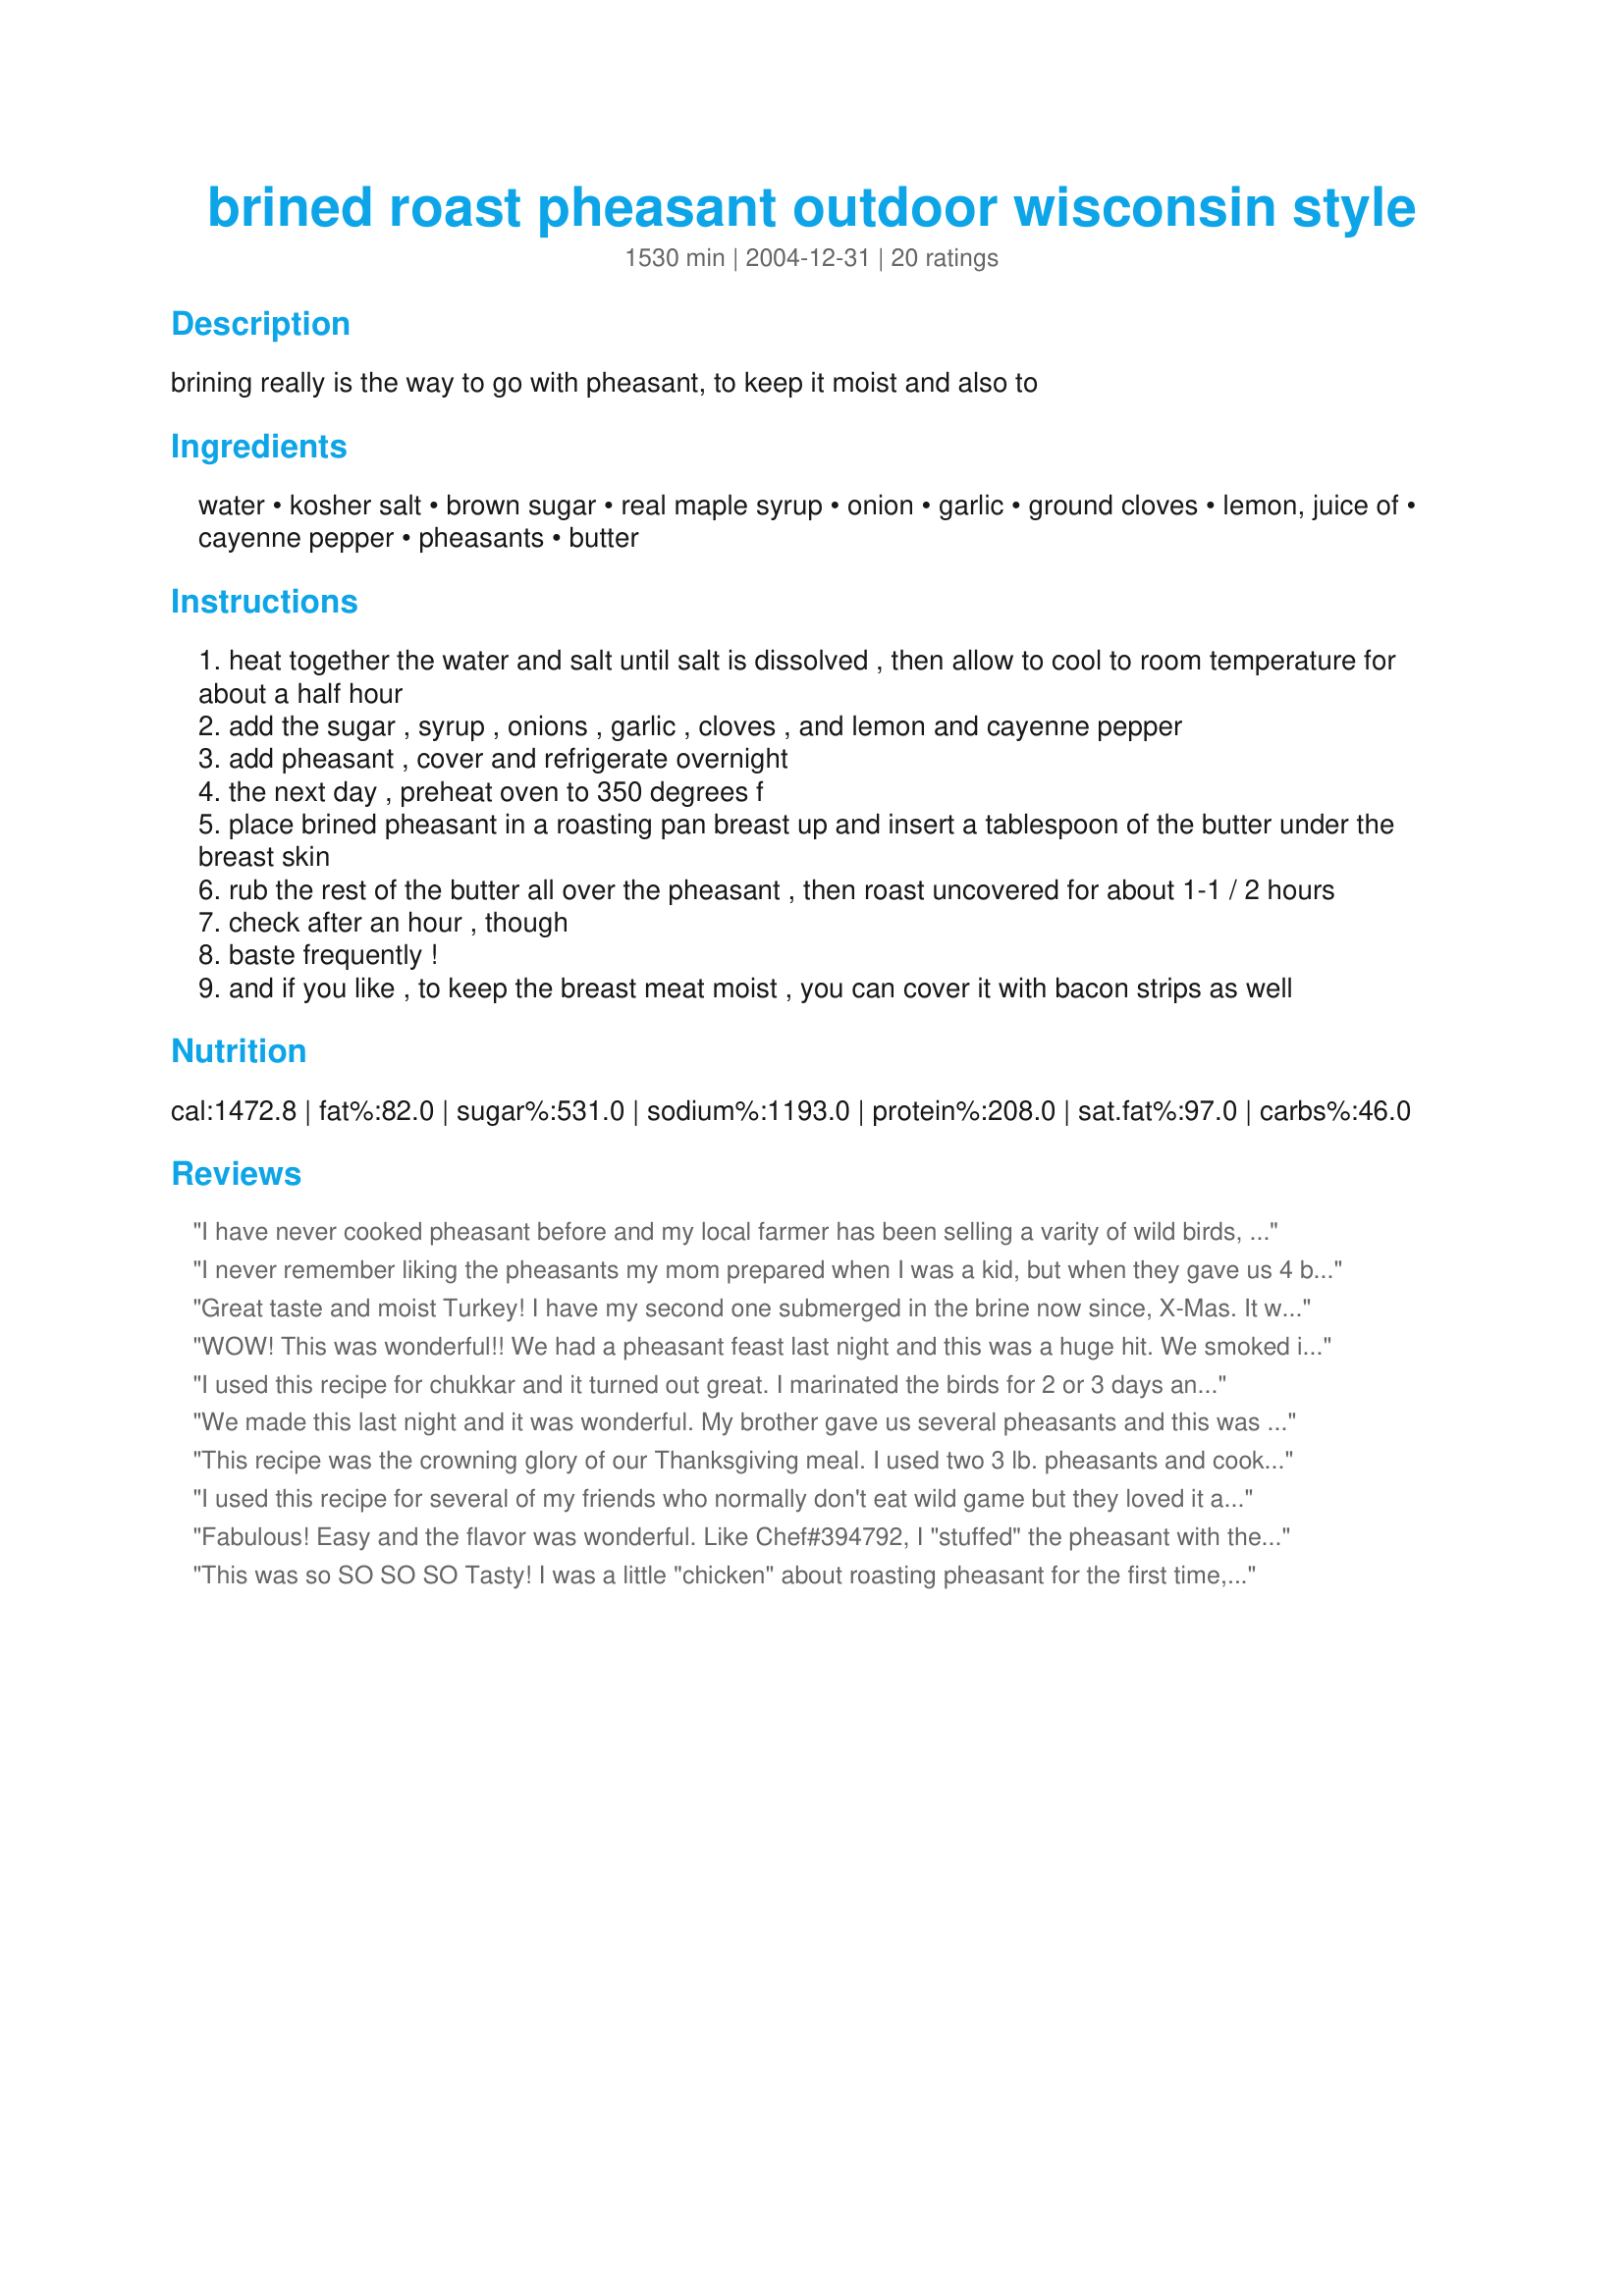
brined roast pheasant outdoor wisconsin style
Preparation time: 1530 minutes

brining really is the way to go with pheasant, to keep it moist and also to

Ingredients:
water, kosher salt, brown sugar, real maple syrup, onion, garlic, ground cloves, lemon, juice of, cayenne pepper, pheasants, butter

Steps:
heat together the water and salt until salt is dissolved , then allow to cool to room temperature for about a half hour
add the sugar , syrup , onions , garlic , cloves , and lemon and cayenne pepper
add pheasant , cover and refrigerate overnight
the next day , preheat oven to 350 degrees f
place brined pheasant in a roasting pan breast up and insert a tablespoon of the butter under the breast skin
rub the rest of the butter all over the pheasant , then roast uncovered for about 1-1 / 2 hours
check after an hour , though
baste frequently !
and if you like , to keep the breast meat moist , you can cover it with bacon strips as well

Reviews:
I have never cooked pheasant before and my local farmer has been selling a varity of wild birds, so I thouht I would buy a pheasant from him. I came on to find a recipe and saw this, the reviews sounded great so I decided to make it. It turned out wonderful so moist and tender. I did what a couple of other people had suggested and stuffed the solids from brine into bird. I agree, the aromas that fill the house are wonderful. My son who had already eaten asked if he could have a small plate, as he had never tried pheasant before, he gave it a big thumbs up. I will definitely make this again and highly recomend it. Thanks for posting.
I never remember liking the pheasants my mom prepared when I was a kid, but when they gave us 4 birds, I had to try this. I liked it a lot, although I thought it was a little salty. The recipe didn't mention what to baste it with so I just roasted it with a bit of the brine and basted it with that. Still had great flavor (other than the saltiness which was probably my fault) and no gamey taste at all. Yum!
Great taste and moist Turkey! I have my second one submerged in the brine now since, X-Mas. It wont last long! Thanks for the recipe.

WOW! This was wonderful!! We had a pheasant feast last night and this was a huge hit. We smoked it instead of roasting it in the oven and we think this is the BEST brine we've ever tried and we've tried a few on turkey's. Of course we'll be brining our turkey in this for Thanksgiving on Thursday! Thanks so much. UPDATE - We used this brine on our turkey for Thanksgiving and then smoked it...it was the best smoked turkey we ever made and the flavor was so wonderful...thanks again for this great recipe.
I used this recipe for chukkar and it turned out great. I marinated the birds for 2 or 3 days and cooked them under foil. They turned out moist and delicious. I didn't have any bacon, but will try them that way next time. Thanks for sharing!
We made this last night and it was wonderful. My brother gave us several pheasants and this was the first recipe we have tried. The reviews are accurate. It was moist and tasted delicious.
This recipe was the crowning glory of our Thanksgiving meal. I used two 3 lb. pheasants and cooked them side by side for 2 hours. The last 5 minutes, I removed the bacon strips and put the pheasant back under the broiler for a nice golden skin. "Best pheasant I've ever eaten" was the most common comment around the table. I have to agree! The flavor was delectable and it was just incredibly moist! I also scooped the "solids" out of the brine and stuffed them in the birds before I roasted them. Mmmmmm, Mmmmmmm!
I used this recipe for several of my friends who normally don't eat wild game but they loved it and I have so far passed out 5 recipes.

Thanks Chef Constantine
Fabulous! Easy and the flavor was wonderful.
Like Chef#394792, I "stuffed" the pheasant with the solids. Tented foil over the legs and used bacon & butter. Basted at least 4 times during the cooking. The meat had such good flavor and was moist and tender.
I served it with another recipe from the site called Manitoba Wild Rice. Also a fabulous recipe and went well with the pheasant.
Thanks so much for sharing!
This was so SO SO SO Tasty! I was a little "chicken" about roasting pheasant for the first time, but it was oh-so-good. I added more garlic cloves to mine and placed my birds on a roasting rack then put chicken broth in the bottom of the pan. I tented the tin foil for the first hour and basted every 15 minutes. Just awesome. Absolutely no gamey taste whatsoever. Thank you so much for posting such a fabulous brine!!!!
I've only cooked pheasant once before this one and it was dry and tough as cardboard. This recipe was just fantastic! Except for a couple of minor things, I made as written. I used 'Buttery Sticks' for the butter and halved the amount of salt in the brine. I basted about every 15 minutes or so while roasting. The bird turned out tender and moist and my house smelled wonderful. I don't know for sure if you could consider my bird 'wild'....I bought it at a market and the package said it came from a game farm and it was free-range. Whatever....it was very good and my husband went nuts over it and wants it again. Thanks for posting this Angie, it's a keeper for sure and the only way I'll do pheasant from now on.
I used a roasting bag, which should have kept it more moist. Sadly, I forgot that they also tend to cook things faster. In about an hour my little Pheasant breasts had reached a temp of 180 (you want them at 170) and were dry. Boo. I should've checked them at 45 minutes. Still, good recipe! It was my own alterations (using the roasting bag) that made them dry.
I was so worried It would be dry (I was told pheasant tends to be dry) but this way it was perfect! My first foray into cooking a pheasant turned out perfectly, thanks for posting!
My husband took the brine to the hunt and put 6 birds around noon. Cooked them slowly on the Green Egg with prosciutto and chorizo on top. Fantastic! We'll try brining the rest for 24 hrs.
We enjoyed this recipe very much and it is now our favorite way to prepare pheasant. I split the breast in half and spread bacon over it. It cut down on cooking time. I had no idea they were this tasty and moist.
I never liked pheasant until I found this recipe! This was a GREAT recipe, I loved the flavor of the pheasant and it was so moist. Thanks for sharing such a great recipe.
This was seriously the best pheasant I have ever had. Pheasant had lost its appeal about 22 years ago when we ate it exclusively while living in Idaho. We were on a tight budget (starting teacher's salary) and I had severe morning sickness with my second child. I swore I would never eat pheasant again! The flavor from this marinade is delicious and the bird is very moist. The only way that I had previously been able to retain the moisture was to use the crockpot with that magical cream-o-mushroom soup added. I think this would also be good on chicken or maybe a turkey breast. This was the second recipe of yours for wild things that I made this past weekend! I have goose breast defrosting to make your jerky recipe tonight! Thanks Angie for your help with cleaning out that freezer before the next hunt!
This recipe ended my search for what to do with the three frozen pheasants that were given to me. I followed the brine recipe fairly closely (substituting sea salt for the kosher and lime for lemon). The birds only soaked for 12 of the 24 hours. Since the pheasants were skinless, I buttered the flesh and used a baking bag to keep them moist. I had never had pheasant before but had heard they could be gamey, dry and tough. To my delight they turned out moist and tender with no trace of gaminess. The brine has a wonderful aroma too. My dinner guests (including the hunter)loved the recipe and have asked for copies. I look forward to using this recipe again. Thank you!
Excellent Brine. I recommend adding sliced apples and onions to the roaster. This greatly improves the gravy.
Hubby wanted to smoke pheasants and we decided on this recipe and IT ROCKS!!!! He had 2 birds and used all ingredients with changes only to the amount - 1 tsp lemon juice. Water smoked with apple wood chunks for 8 hours adding 2 tbsp whiskey and 1/2 tsp tabasco to the water.
